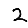
Digit: 2